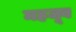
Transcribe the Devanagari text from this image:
महजूब